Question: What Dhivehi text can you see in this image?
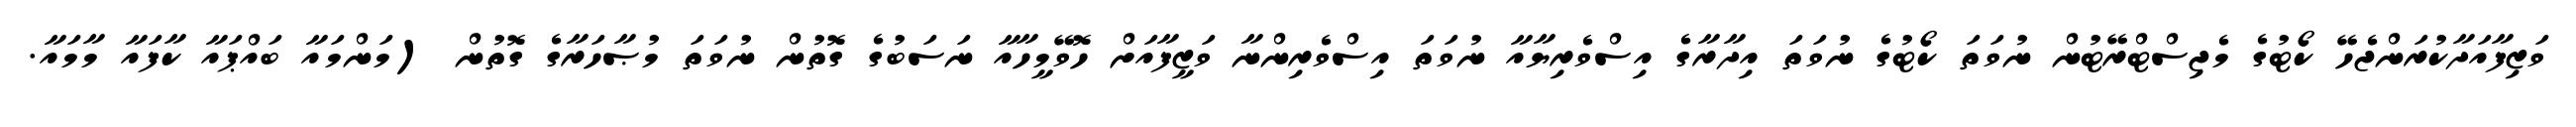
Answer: ވަޒިފާއަދާކުރަންޖެހޭ ކޯޓުގެ މެޖިސްޓްރޭޓުން ނުވަތަ ކޯޓުގެ ނުވަތަ އިދާރާގެ އިސްވެރިޔާއާ ނުވަތަ އިސްވެރިންނާ ވަޒީފާއަށް ހޮވޭމީހާއާ ނަސަބުގެ ގޮތުން ނުވަތަ މުޞާހަރާގެ ގޮތުން (މަންމައާ ބައްޕައާ ކާފައާ މާމައާ.